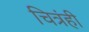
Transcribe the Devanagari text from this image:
चित्रंही